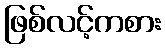
ဖြစ်လင့်ကစား